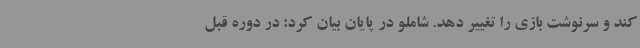
کند و سرنوشت بازی را تغییر دهد. شاملو در پایان بیان کرد: در دوره قبل